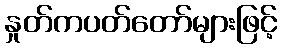
နှုတ်ကပတ်တော်များဖြင့်